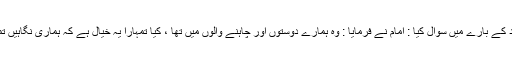
اس وقت ابو بصیر نے راشد کے بارے میں سوال کیا : امام نے فرمایا : وہ ہمارے دوستوں اور چاہنے والوں میں تھا ، کیا تمہارا یہ خیال ہے کہ ہماری نگاہیں تمہارے اعمال پر نہیں ہیں ؟